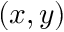
( x , y )